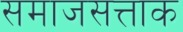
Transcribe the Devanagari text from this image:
समाजसत्ताक